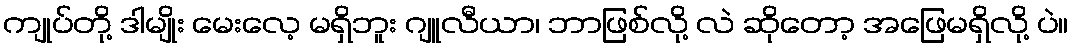
ကျုပ်တို့ ဒါမျိုး မေးလေ့ မရှိဘူး ဂျူလီယာ၊ ဘာဖြစ်လို့ လဲ ဆိုတော့ အဖြေမရှိလို့ ပဲ။